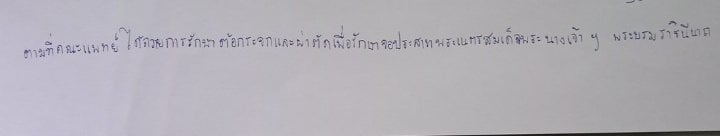
ตามที่คณะแพทย์ได้ถวายการรักษาต้อกระจกและผ่าตัดเพื่อรักษาจอประสาทพระเนตรสมเด็จพระนางเจ้าฯ พระบรมราชินีนาถ